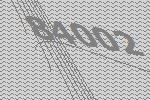
84002